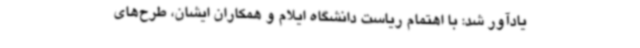
یادآور شد: با اهتمام ریاست دانشگاه ایلام و همکاران ایشان، طرح‌های